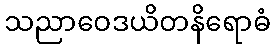
သညာဝေဒယိတနိရောဓံ